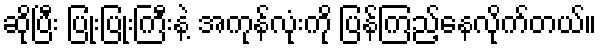
ဆိုပြီး ပြုံးပြုံးကြီးနဲ့ အကုန်လုံးကို ပြန်ကြည့်နေလိုက်တယ်။